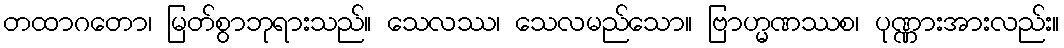
တထာဂတော၊ မြတ်စွာဘုရားသည်။ သေလဿ၊ သေလမည်သော။ ဗြာဟ္မဏဿစ၊ ပုဏ္ဏားအားလည်း။